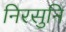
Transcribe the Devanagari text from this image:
निरसुनि